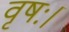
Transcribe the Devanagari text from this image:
वृषः।